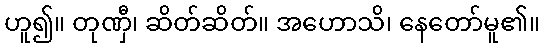
ဟူ၍။ တုဏှီ၊ ဆိတ်ဆိတ်။ အဟောသိ၊ နေတော်မူ၏။